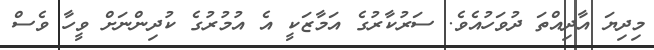
މިދިޔަ އާދިއްތަ ދުވަހުއެވެ. ސަރުކާރުގެ އަމާޒަކީ އެ އުމުރުގެ ކުދިންނަށް ވީހާ ވެސް